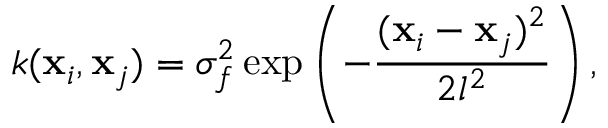
k ( \mathbf { x } _ { i } , \mathbf { x } _ { j } ) = \sigma _ { f } ^ { 2 } \exp \left( - \frac { ( \mathbf { x } _ { i } - \mathbf { x } _ { j } ) ^ { 2 } } { 2 l ^ { 2 } } \right) ,